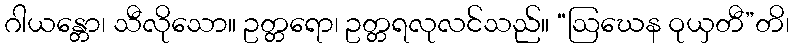
ဂါယန္တော၊ သီလိုသော။ ဥတ္တရော၊ ဥတ္တရလုလင်သည်။ “ဩဃေန ဝုယှတီ”တိ၊